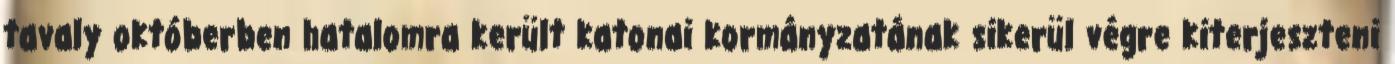
tavaly októberben hatalomra került katonai kormányzatának sikerül végre kiterjeszteni